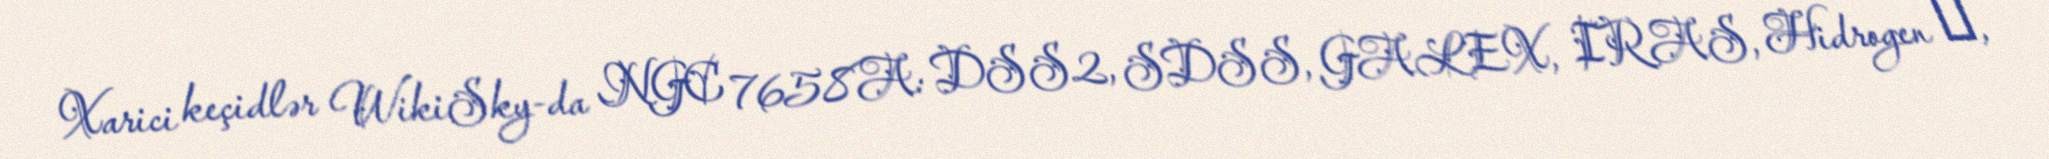
Xarici keçidlər WikiSky-da NGC 7658A: DSS2, SDSS, GALEX, IRAS, Hidrogen α,